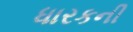
ધારકની